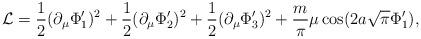
LaTeX: \begin{align*}{\cal L} = \frac{1}{2}(\partial_\mu\Phi_1^\prime)^2 + \frac{1}{2}(\partial_\mu\Phi_2^\prime)^2 + \frac{1}{2}(\partial_\mu\Phi_3^\prime)^2 + \frac{m}{\pi}\mu \cos(2 a \sqrt{\pi} \Phi_1^\prime),\end{align*}